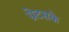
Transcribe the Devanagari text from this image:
ग्रेटसके